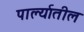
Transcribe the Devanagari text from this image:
पार्ल्यातील